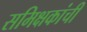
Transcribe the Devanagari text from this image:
समिक्षकांची